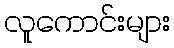
လူကောင်းများ